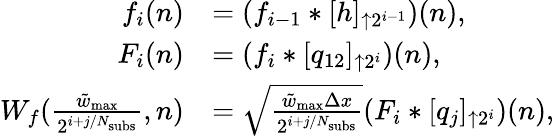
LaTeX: \begin{array}{rl}{f_{i}(n)}&{=(f_{i-1}*[h]_{\uparrow 2^{i-1}})(n),}\\ {F_{i}(n)}&{=(f_{i}*[q_{12}]_{\uparrow 2^{i}})(n),}\\ {W_{f}(\frac{\tilde{w}_{\mathrm{max}}}{2^{i+j/N_{\mathrm{subs}}}},n)}&{=\sqrt{\frac{\tilde{w}_{\mathrm{max}}\Delta x}{2^{i+j/N_{\mathrm{subs}}}}}(F_{i}*[q_{j}]_{\uparrow 2^{i}})(n),}\end{array}